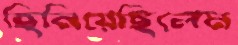
ছিনিয়েছিলেম